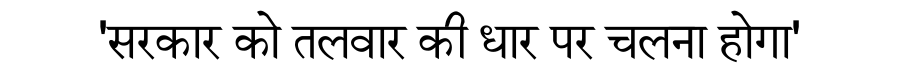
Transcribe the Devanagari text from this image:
'सरकार को तलवार की धार पर चलना होगा'